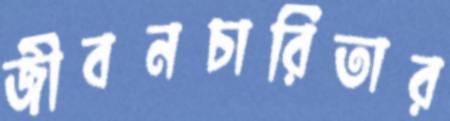
জীবনচারিতার